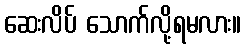
ဆေးလိပ် သောက်လို့ရမလား။